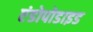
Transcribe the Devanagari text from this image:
एंडोपोडाइड